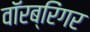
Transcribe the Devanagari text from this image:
वॉरब्रिंगर